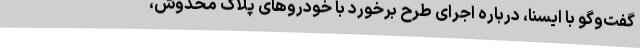
گفت‌وگو با ایسنا، درباره اجرای طرح برخورد با خودروهای پلاک مخدوش،